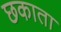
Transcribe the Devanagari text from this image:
छकाता